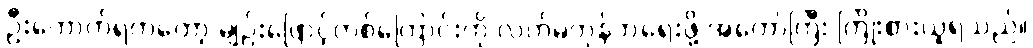
ဦးကောက်ရကတော့ မျဉ်းဖြောင့်တစ်ကြောင်းကို လက်မတုန်ဘဲရေးဖို့ အတော်ကြီး ကြိုးစားယူရသည်။